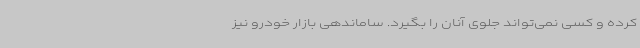
کرده و کسی نمی‌تواند جلوی آنان را بگیرد. ساماندهی بازار خودرو نیز